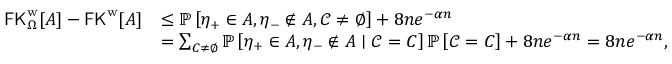
\begin{array} { r l } { \mathsf { F K } _ { \Omega } ^ { \mathrm { w } } [ A ] - \mathsf { F K } ^ { \mathrm { w } } [ A ] } & { \leq \mathbb { P } \left[ \eta _ { + } \in A , \eta _ { - } \not \in A , \mathcal { C } \neq \varnothing \right] + 8 n e ^ { - \alpha n } } \\ & { = \sum _ { C \neq \emptyset } \mathbb { P } \left[ \eta _ { + } \in A , \eta _ { - } \not \in A \mid \mathcal { C } = C \right] \mathbb { P } \left[ \mathcal { C } = C \right] + 8 n e ^ { - \alpha n } = 8 n e ^ { - \alpha n } , } \end{array}